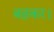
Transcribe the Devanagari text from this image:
बढ़कर।